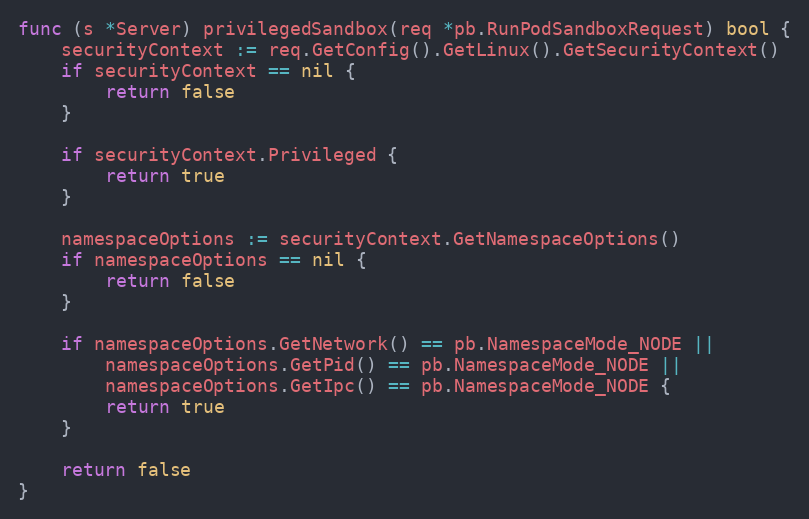
Language: Go
func (s *Server) privilegedSandbox(req *pb.RunPodSandboxRequest) bool {
	securityContext := req.GetConfig().GetLinux().GetSecurityContext()
	if securityContext == nil {
		return false
	}

	if securityContext.Privileged {
		return true
	}

	namespaceOptions := securityContext.GetNamespaceOptions()
	if namespaceOptions == nil {
		return false
	}

	if namespaceOptions.GetNetwork() == pb.NamespaceMode_NODE ||
		namespaceOptions.GetPid() == pb.NamespaceMode_NODE ||
		namespaceOptions.GetIpc() == pb.NamespaceMode_NODE {
		return true
	}

	return false
}